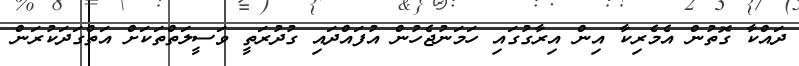
ދައްކާ ގޮތުން އެމެރިކާ އިން އިރާގުގައި ހަމަނުޖެހުން އުފައްދައި ގުދުރަތީ ވަސީލަތްތަކަށް އަތްގަދަކުރަން